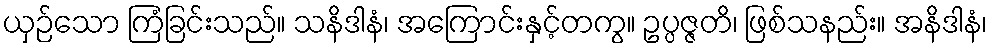
ယှဉ်သော ကြံခြင်းသည်။ သနိဒါနံ၊ အကြောင်းနှင့်တကွ။ ဥပ္ပဇ္ဇတိ၊ ဖြစ်သနည်း။ အနိဒါနံ၊